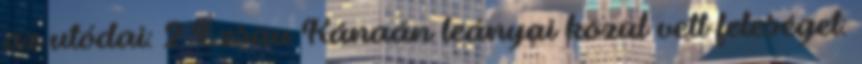
az utódai: 2 Ézsau Kánaán leányai közül vett feleséget: